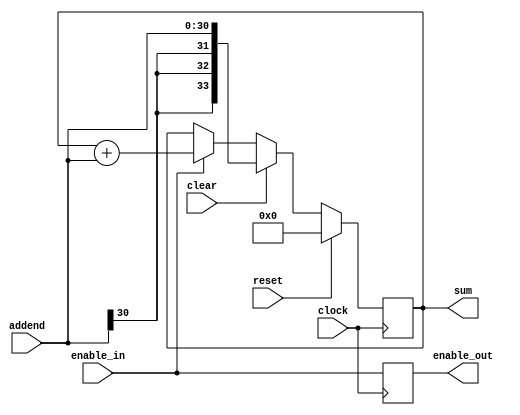
//
// Copyright 2011 Ettus Research LLC
//
// This program is free software: you can redistribute it and/or modify
// it under the terms of the GNU General Public License as published by
// the Free Software Foundation, either version 3 of the License, or
// (at your option) any later version.
//
// This program is distributed in the hope that it will be useful,
// but WITHOUT ANY WARRANTY; without even the implied warranty of
// MERCHANTABILITY or FITNESS FOR A PARTICULAR PURPOSE.  See the
// GNU General Public License for more details.
//
// You should have received a copy of the GNU General Public License
// along with this program.  If not, see <http://www.gnu.org/licenses/>.
//



module acc (input clock, input reset, input clear, input enable_in, output reg enable_out,
	    input signed [30:0] addend, output reg signed [33:0] sum );

   always @(posedge clock)
     if(reset)
       sum <= #1 34'd0;
     //else if(clear & enable_in)
     //  sum <= #1 addend;
     //else if(clear)
     //  sum <= #1 34'd0;
     else if(clear)
       sum <= #1 addend;
     else if(enable_in)
       sum <= #1 sum + addend;

   always @(posedge clock)
     enable_out <= #1 enable_in;
   
endmodule // acc